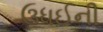
ઉધઈની